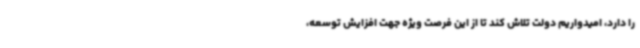
را دارد، امیدواریم دولت تلاش کند تا از این فرصت ویژه جهت افزایش توسعه،